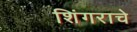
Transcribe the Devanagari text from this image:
शिंगराचे